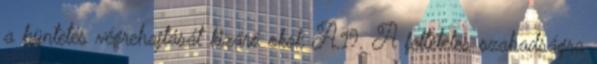
a büntetés végrehajtását kizáró okok A.19. A feltételes szabadságra